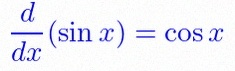
\frac{d}{dx}(\sin x)=\cos x